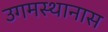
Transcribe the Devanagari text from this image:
उगमस्थानास